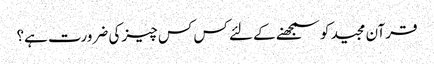
قرآن مجید کو سمجھنے کے لئے کس کس چیز کی ضرورت ہے؟